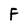
Character: F